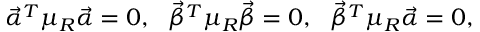
{ \vec { \alpha } } ^ { T } \mu _ { R } { \vec { \alpha } } = 0 , \ \ { \vec { \beta } } ^ { T } \mu _ { R } { \vec { \beta } } = 0 , \ \ { \vec { \beta } } ^ { T } \mu _ { R } { \vec { \alpha } } = 0 ,